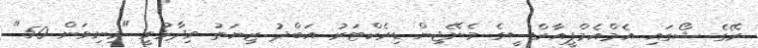
ރޭގެ ޝޯގައިި އެމްއެމްޕީއާރްސީގެ މެނޭޖިން ޑިރެކްޓަރު އަބްދު ޒިޔަތު ވިދާޅުވީ "މިނިވަން 50"